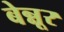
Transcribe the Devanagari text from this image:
बेन्नूर